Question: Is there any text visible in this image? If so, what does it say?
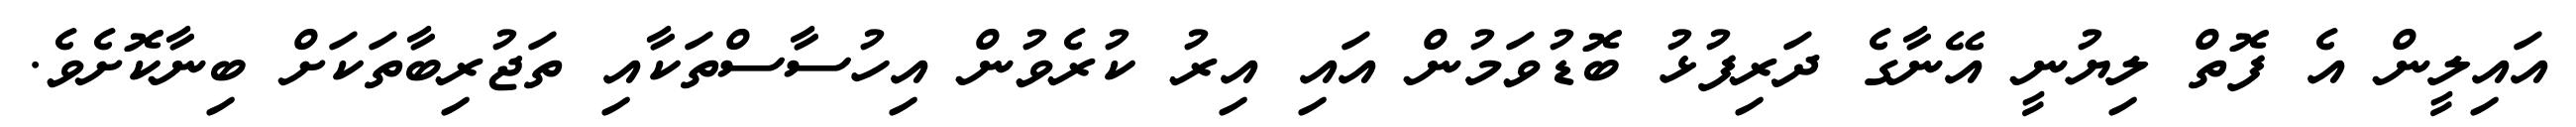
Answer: އައިލީން އެ ފޮތް ލިޔުނީ އޭނާގެ ދަރިފުޅު ބޮޑުވަމުން އައި އިރު ކުރެވުން އިހުސާސްތަކާއި ތަޖުރިބާތަކަށް ބިނާކޮށެވެ.